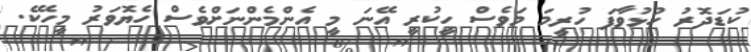
ކުޑަދޮރު ހުޅުވާފަ ހުރީމަ މަވެސް ހީކުރީ އޭނަ މީ އެންމެންނަށްވެސް ހެޔޮވަރު މީހެކޭ.